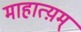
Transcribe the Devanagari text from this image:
माहात्य़म्